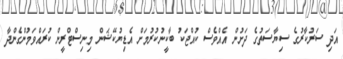
އަދި ސަރުކާރުގެ ސިޔާސަތުގެ ދަށުން އެއްވެސް ކުއްޖަކު ބާކީނުކުރުމަށް އެޑިޔުކޭޝަން މިނިސްޓްރީން ކުރައްވަމުންގެންދާ